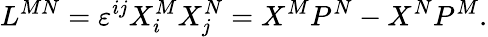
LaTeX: L^{MN}=\varepsilon^{ij}X_{i}^{M}X_{j}^{N}=X^{M}P^{N}-X^{N}P^{M}.